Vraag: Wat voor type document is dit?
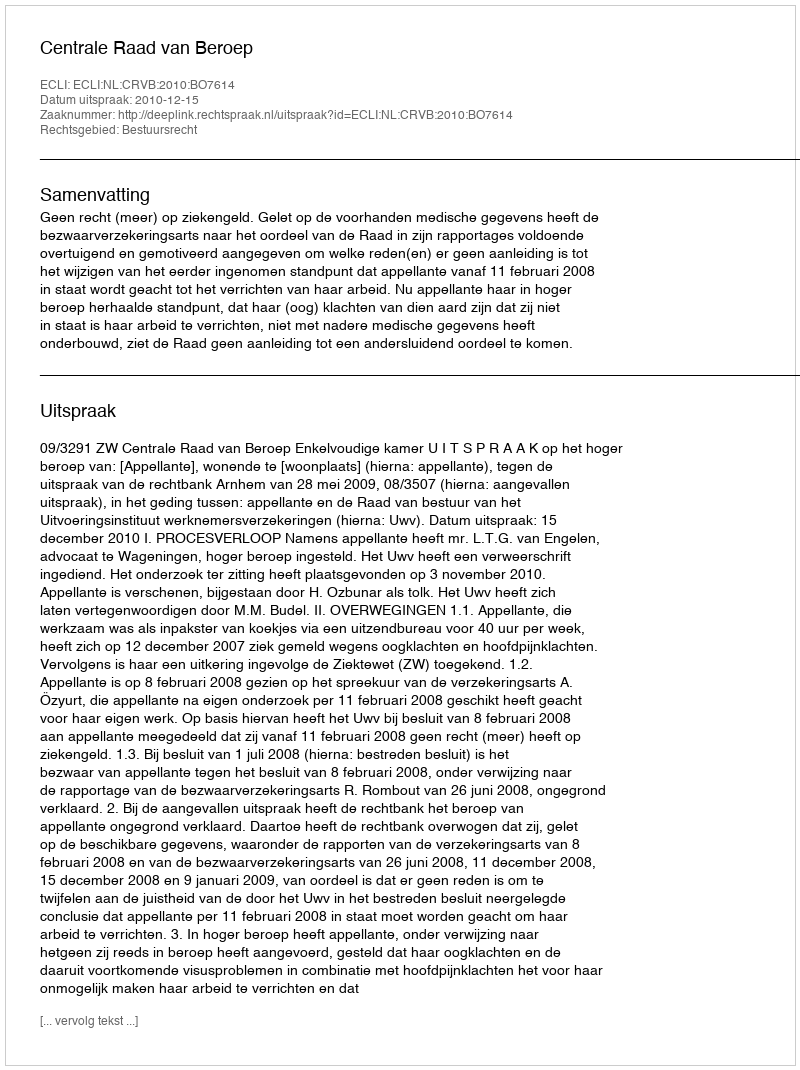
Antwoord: Uitspraak